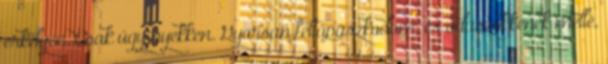
erkélyen. Csak úgy nyekken. Gyorsan feltápászkodom, és odaszökkenek mellé,